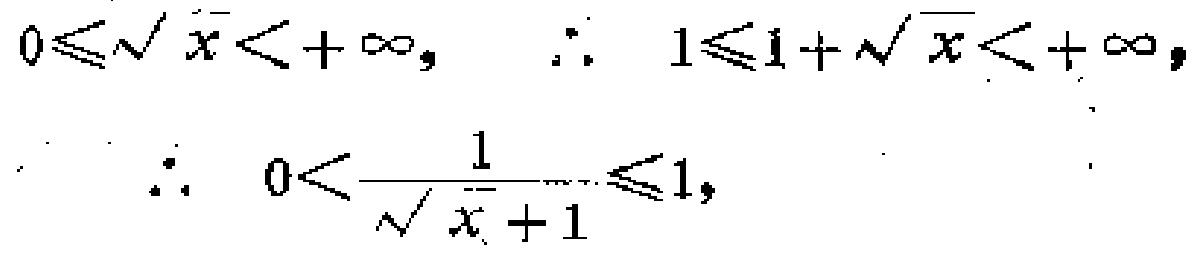
\[
0\leqslant\sqrt{x}<+\infty, \quad \therefore \quad 1\leqslant 1 + \sqrt{x}<+\infty, \\
\therefore \quad 0<\frac{1}{\sqrt{x}+1}\leqslant 1,
\]